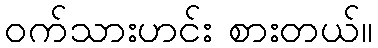
ဝက်သားဟင်း စားတယ်။